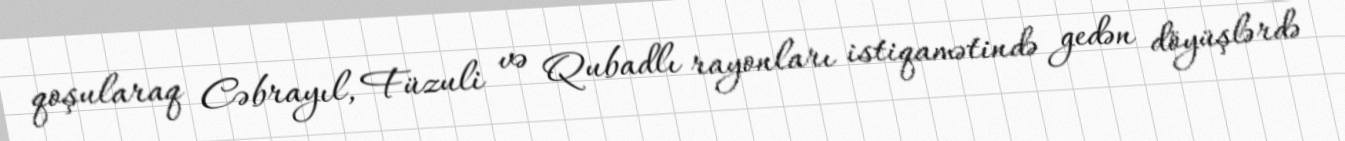
qoşularaq Cəbrayıl, Füzuli və Qubadlı rayonları istiqamətində gedən döyüşlərdə